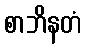
စာဘိနတံ